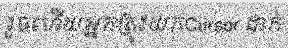
រួចហើយអ្នកត្រូវយកCursor ដាក់